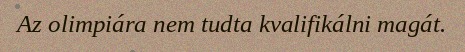
Az olimpiára nem tudta kvalifikálni magát.